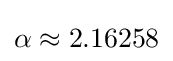
\alpha \approx 2.16258